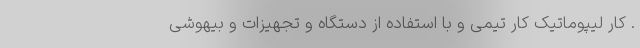
. کار لیپوماتیک کار تیمی و با استفاده از دستگاه و تجهیزات و بیهوشی